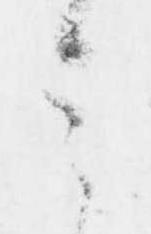
之